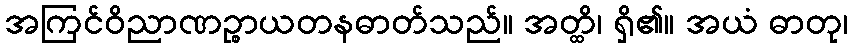
အကြင်ဝိညာဏဉ္စာယတနဓာတ်သည်။ အတ္ထိ၊ ရှိ၏။ အယံ ဓာတု၊